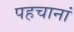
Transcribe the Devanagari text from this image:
पहचानां